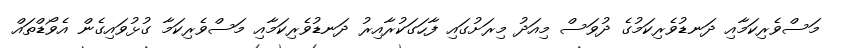
މަސްވެރިކަމާއި ދަނޑުވެރިކަމުގެ ދުވަސް މިއަދު މިރަށުގައި ފާހަގަކުރާއިރު ދަނޑުވެރިކަމާއި މަސްވެރިކަމާ ގުޅުވައިގެން އެވޯޑްތައް